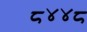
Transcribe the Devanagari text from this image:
८४४८